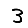
Digit: 3